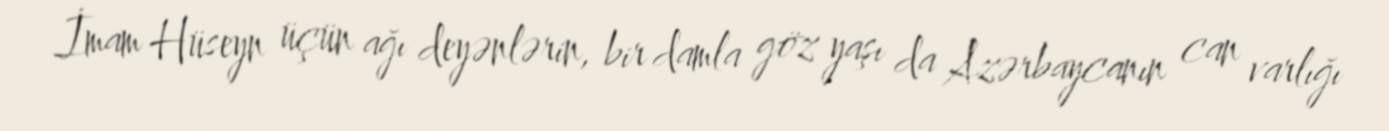
İmam Hüseyn üçün ağı deyənlərin, bir damla göz yaşı da Azərbaycanın can varlığı